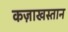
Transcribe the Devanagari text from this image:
कज़ाखस्तान